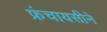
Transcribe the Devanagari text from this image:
फ्रंचायसीने